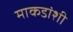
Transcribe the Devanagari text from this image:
माकडांशी